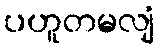
ပဟူတမလျံ